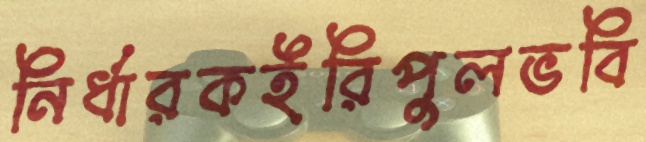
নির্ধারকইরিপুলভবি